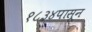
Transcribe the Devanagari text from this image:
१८३४पासून